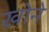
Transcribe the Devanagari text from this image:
ख़ोने